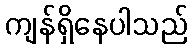
ကျန်ရှိနေပါသည်